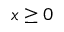
x \ge 0